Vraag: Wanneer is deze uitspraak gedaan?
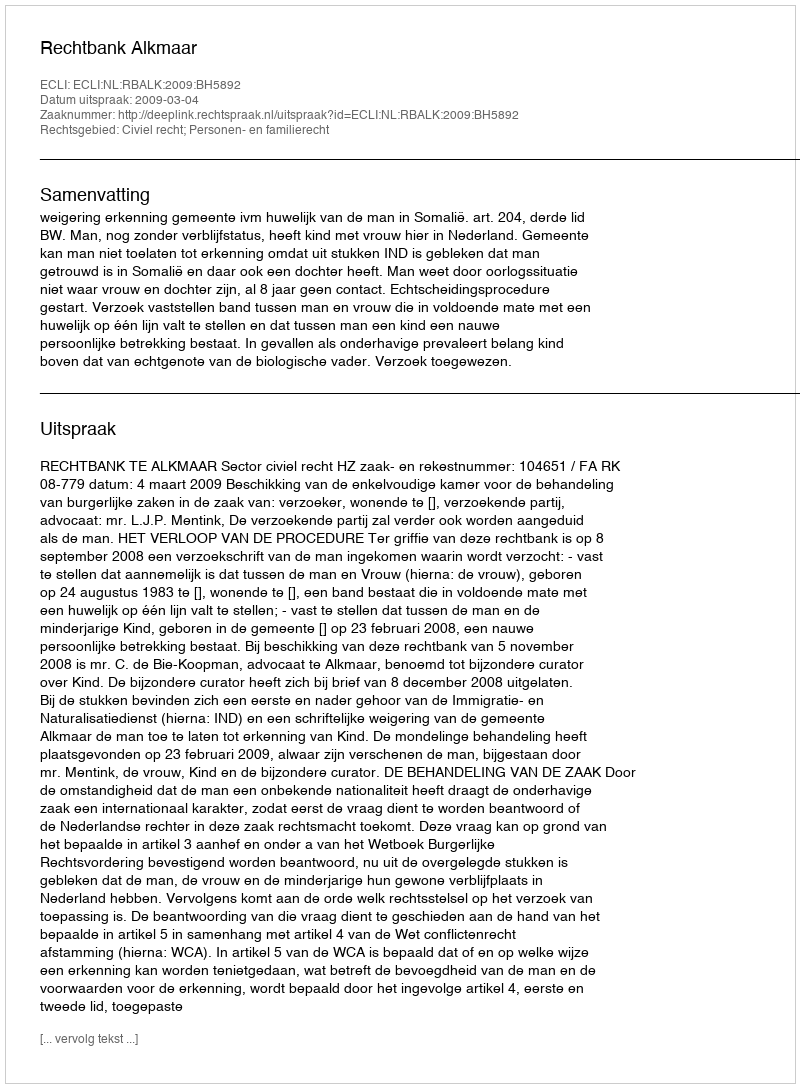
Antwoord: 2009-03-04